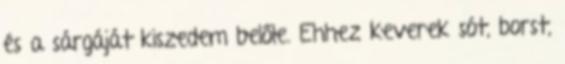
és a sárgáját kiszedem belőle. Ehhez keverek sót, borst,